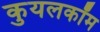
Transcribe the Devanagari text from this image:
कुयलकॉम